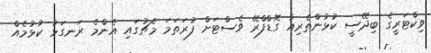
ވިކްޓަރީގެ ބިދޭސީ ކުޅުންތެރިއާ ގޮޑްފްރޭ ވެސްޓަށް ފުރަަތަމަ މެޗުގައި އެންމެ ރަނގަޅު ކުޅުމެއް